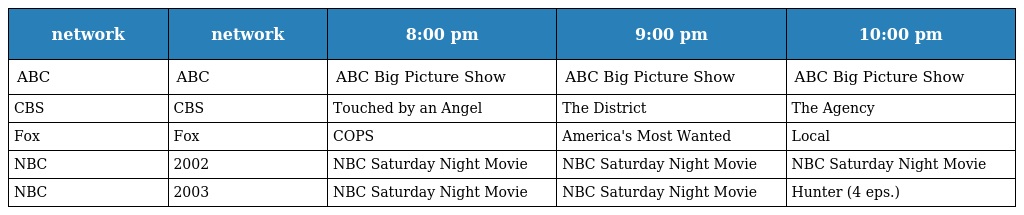
| network | network | 8:00 pm | 9:00 pm | 10:00 pm |
 | --- | --- | --- | --- | --- |
 | ABC | ABC | ABC Big Picture Show | ABC Big Picture Show | ABC Big Picture Show |
 | CBS | CBS | Touched by an Angel | The District | The Agency |
 | Fox | Fox | COPS | America's Most Wanted | Local |
 | NBC | 2002 | NBC Saturday Night Movie | NBC Saturday Night Movie | NBC Saturday Night Movie |
 | NBC | 2003 | NBC Saturday Night Movie | NBC Saturday Night Movie | Hunter (4 eps.) |